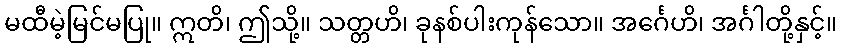
မထီမဲ့မြင်မပြု။ ဣတိ၊ ဤသို့။ သတ္တဟိ၊ ခုနစ်ပါးကုန်သော။ အင်္ဂေဟိ၊ အင်္ဂါတို့နှင့်။